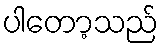
ပါတော့သည်